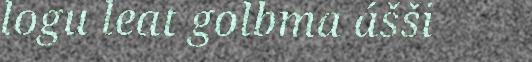
logu leat golbma ášši